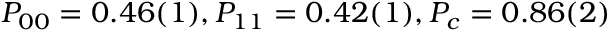
P _ { 0 0 } = 0 . 4 6 ( 1 ) , P _ { 1 1 } = 0 . 4 2 ( 1 ) , P _ { c } = 0 . 8 6 ( 2 )